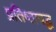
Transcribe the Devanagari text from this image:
प्रतिष्ठाबद्ध